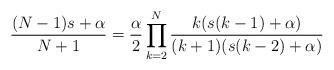
LaTeX: \begin{align*}\frac{(N-1)s+\alpha}{N+1}=\frac{\alpha}{2}\prod_{k=2}^{N}{\frac{k(s(k-1)+\alpha)}{(k+1)(s(k-2)+\alpha)}} \end{align*}